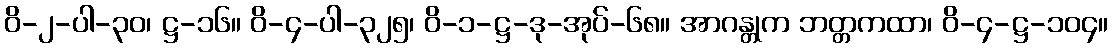
ဝိ-၂-ပါ-၃၀၊ ဋ္ဌ-၁၆။ ဝိ-၄-ပါ-၃၂၅၊ ဝိ-၁-ဋ္ဌ-ဒု-အုပ်-၆၈။ အာဂန္တုက ဘတ္တကထာ၊ ဝိ-၄-ဋ္ဌ-၁၀၄။